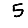
Digit: 5